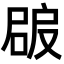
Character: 𡲠